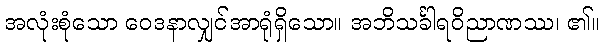
အလုံးစုံသော ဝေဒနာလျှင်အာရုံရှိသော။ အဘိသင်္ခါရဝိညာဏဿ၊ ၏။